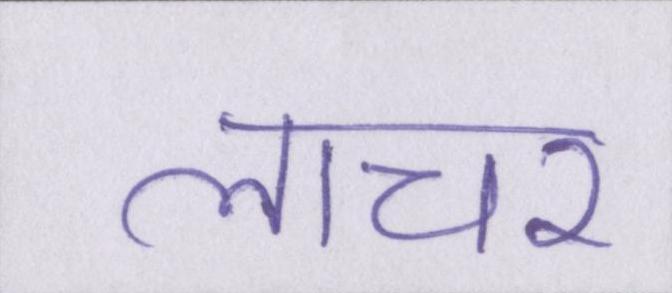
लाचर